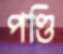
পণ্ডি